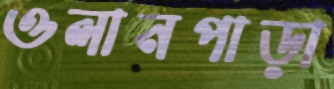
ওলানপাড়া